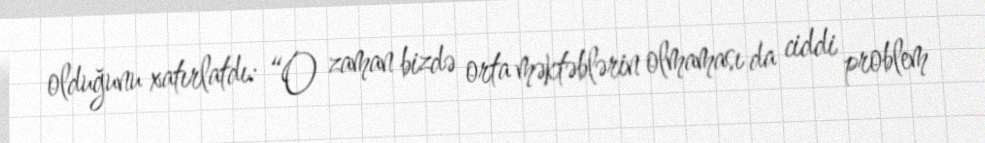
olduğunu xatırlatdı: “O zaman bizdə orta məktəblərin olmaması da ciddi problem